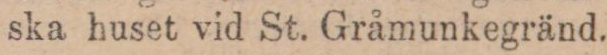
ska huset vid St. Gråmunkegränd.